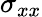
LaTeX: \sigma_{xx}